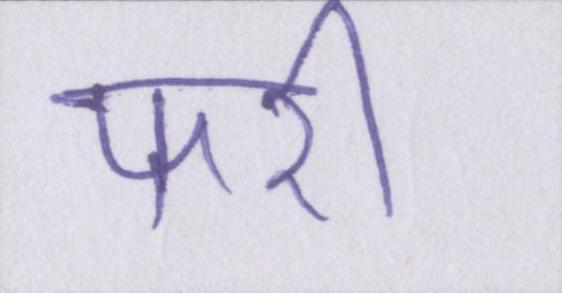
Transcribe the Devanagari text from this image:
फरी